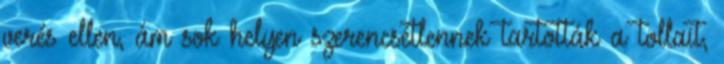
verés ellen, ám sok helyen szerencsétlennek tartották a tollait,